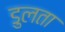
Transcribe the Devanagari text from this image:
डुलता